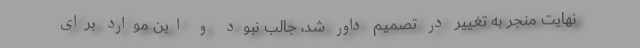
نهایت منجر به تغییر در تصمیم داور شد، جالب نبود و این موارد برای